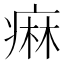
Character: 痳